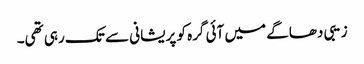
زیبی دھاگے میں آئی گرہ کو پریشانی سے تک رہی تھی۔